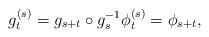
LaTeX: \begin{align*} g^{(s)}_t = g_{s+t} \circ g_s^{-1} \phi_t^{(s)} = \phi_{s+t}, \end{align*}